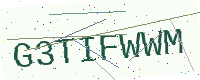
Text: G3TIFWWM